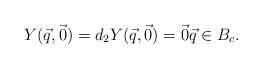
LaTeX: \begin{align*} Y(\vec q, \vec 0)= d_2 Y (\vec q , \vec 0) = \vec 0 \vec q \in B_{c}. \end{align*}